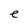
Character: e